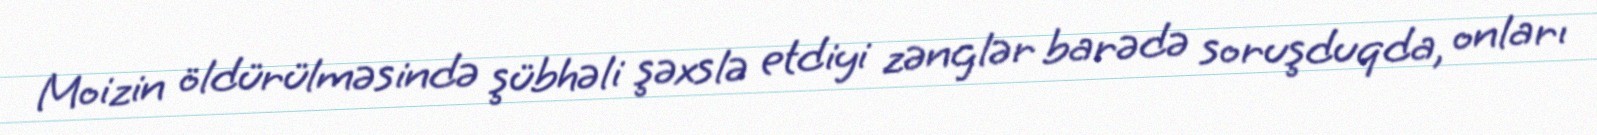
Moizin öldürülməsində şübhəli şəxslə etdiyi zənglər barədə soruşduqda, onları